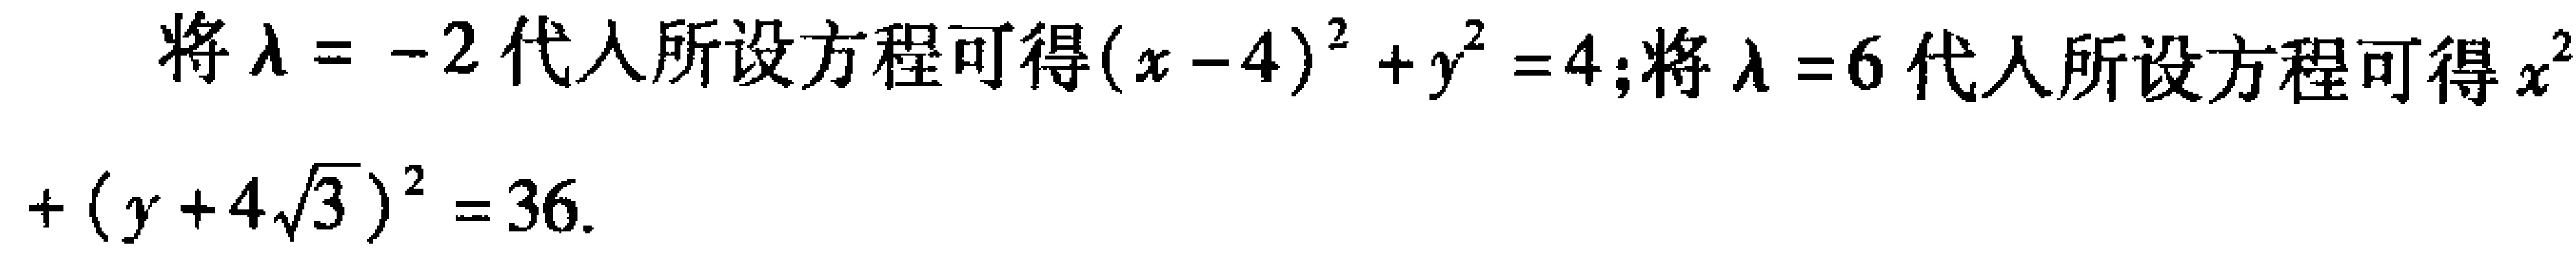
将$\lambda = -2$代入所设方程可得$(x - 4)^2 + y^2 = 4$;将$\lambda = 6$代入所设方程可得$x^{2}+(y + 4\sqrt{3})^2 = 36$.